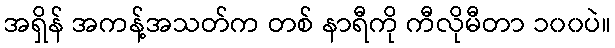
အရှိန် အကန့်အသတ်က တစ် နာရီကို ကီလိုမီတာ ၁၀၀ပဲ။